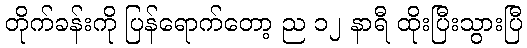
တိုက်ခန်းကို ပြန်ရောက်တော့ ည ၁၂ နာရီ ထိုးပြီးသွားပြီ